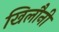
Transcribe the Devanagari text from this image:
खिलौनी